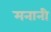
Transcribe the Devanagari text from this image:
मनानी